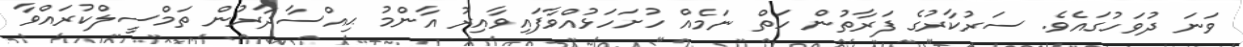
ވަނަ ދުވަހުގައެވެ. ސަރުކާރުގެ ފަރާތުން ހަތް ނަމެއް ހުށަހަޅުއްވާފައިވާއިރު އާންމު ޙިއްސާދާރުން ތަމްސީލްކުރައްވާ